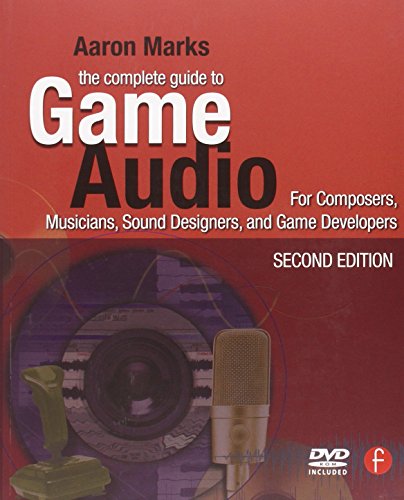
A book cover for The Complete Guide to Game Audio: For Composers, Musicians, Sound Designers, Game Developers (Gama Network Series); Aaron Marks; Computers & Technology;